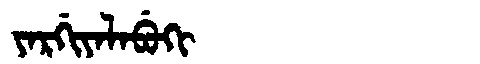
Manchu: ᠶᠠᡵᡤᡳᠶᠠᠯᠠᠪᡠᡴᡳ
Romanization: YARGIYALABUKI